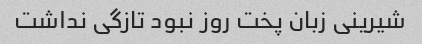
شیرینی زبان پخت روز نبود تازگی نداشت